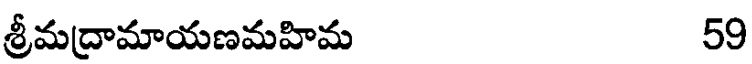
శ్రీమద్రామాయణమహిమ 59